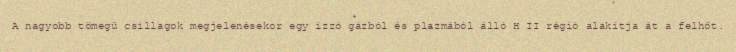
A nagyobb tömegű csillagok megjelenésekor egy izzó gázból és plazmából álló H II régió alakítja át a felhőt.